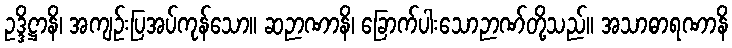
ဥဒ္ဒိဋ္ဌာနိ၊ အကျဉ်းပြအပ်ကုန်သော။ ဆဉာဏာနိ၊ ခြောက်ပါးသောဉာဏ်တို့သည်။ အသာဓာရဏာနိ